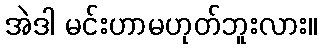
အဲဒါ မင်းဟာမဟုတ်ဘူးလား။